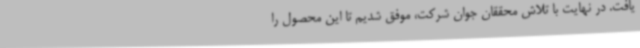
یافت. در نهایت با تلاش محققان جوان شرکت، موفق شدیم تا این محصول را